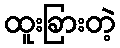
ထူးခြားတဲ့